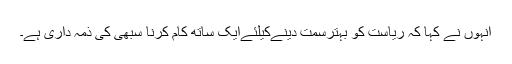
انہوں نے کہا کہ ریاست کو بہترسمت دینےکیلئےایک ساتھ کام کرنا سبھی کی ذمہ داری ہے۔